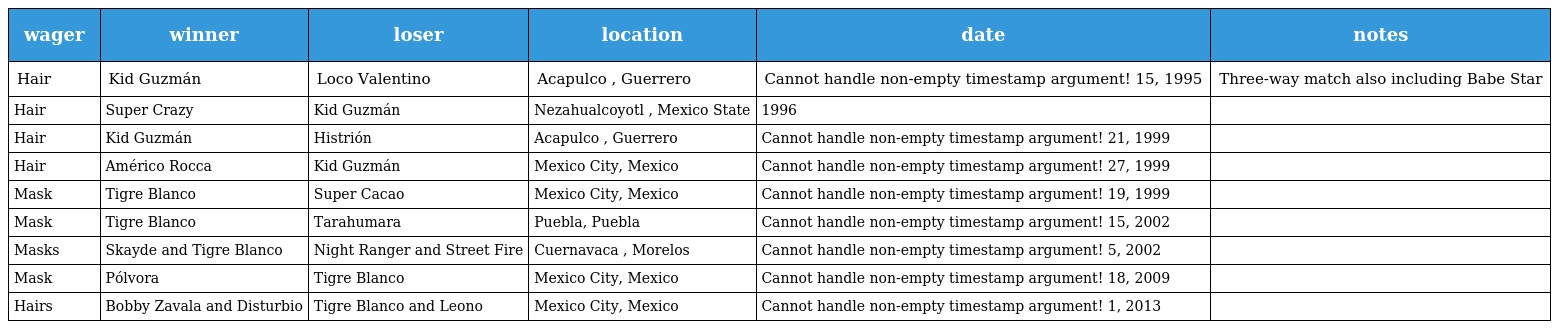
| wager | winner | loser | location | date | notes |
 | --- | --- | --- | --- | --- | --- |
 | Hair | Kid Guzmán | Loco Valentino | Acapulco , Guerrero | Cannot handle non-empty timestamp argument! 15, 1995 | Three-way match also including Babe Star |
 | Hair | Super Crazy | Kid Guzmán | Nezahualcoyotl , Mexico State | 1996 |  |
 | Hair | Kid Guzmán | Histrión | Acapulco , Guerrero | Cannot handle non-empty timestamp argument! 21, 1999 |  |
 | Hair | Américo Rocca | Kid Guzmán | Mexico City, Mexico | Cannot handle non-empty timestamp argument! 27, 1999 |  |
 | Mask | Tigre Blanco | Super Cacao | Mexico City, Mexico | Cannot handle non-empty timestamp argument! 19, 1999 |  |
 | Mask | Tigre Blanco | Tarahumara | Puebla, Puebla | Cannot handle non-empty timestamp argument! 15, 2002 |  |
 | Masks | Skayde and Tigre Blanco | Night Ranger and Street Fire | Cuernavaca , Morelos | Cannot handle non-empty timestamp argument! 5, 2002 |  |
 | Mask | Pólvora | Tigre Blanco | Mexico City, Mexico | Cannot handle non-empty timestamp argument! 18, 2009 |  |
 | Hairs | Bobby Zavala and Disturbio | Tigre Blanco and Leono | Mexico City, Mexico | Cannot handle non-empty timestamp argument! 1, 2013 |  |